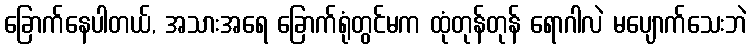
ခြောက်နေပါတယ်, အသားအရေ ခြောက်ရုံတွင်မက ထုံတုန်တုန် ရောဂါလဲ မပျောက်သေးဘဲ